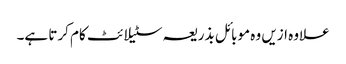
علاوہ ازیں وہ موبائل بذریعہ سٹیلائٹ کام کرتا ہے۔